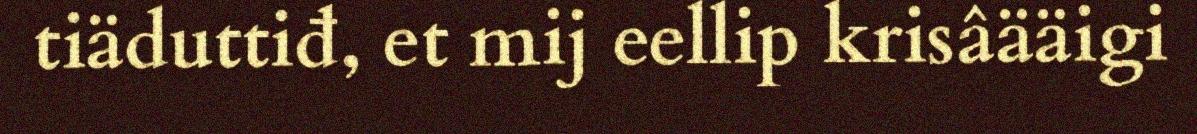
tiäduttiđ, et mij eellip krisâääigi